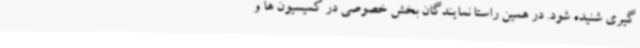
گیری شنیده شود. در همین راستا نمایندگان بخش خصوصی در کمیسیون ها و